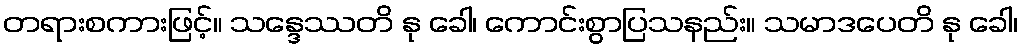
တရားစကားဖြင့်။ သန္ဒေဿတိ နု ခေါ၊ ကောင်းစွာပြသနည်း။ သမာဒပေတိ နု ခေါ၊